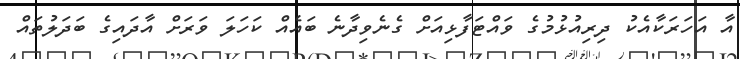
އާ އަހަރަކާއެކު ދިރިއުޅުމުގެ ވައްޓަފާޅިއަށް ގެނެވިދާނެ ބައެއް ކަހަލަ ވަރަށް އާދައިގެ ބަދަލުތައް